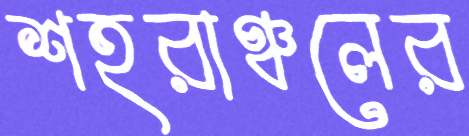
শহরাঞ্চলের